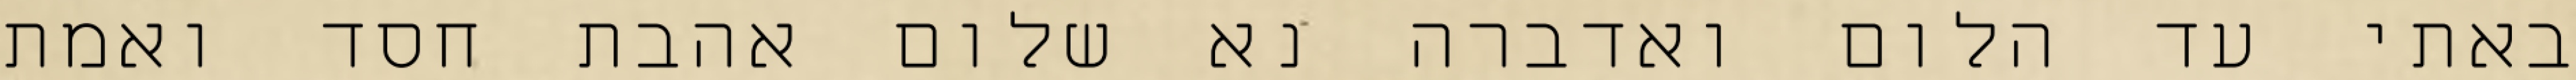
באתי עד הלום ואדברה נא שלום אהבת חסד ואמת